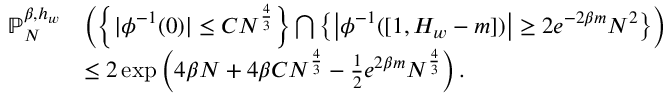
\begin{array} { r l } { { \ensuremath { \mathbb P } } _ { N } ^ { \beta , h _ { w } } } & { \left( \left\{ \vert \phi ^ { - 1 } ( 0 ) \vert \le C N ^ { \frac { 4 } { 3 } } \right\} \bigcap \left\{ \left\vert \phi ^ { - 1 } ( [ 1 , H _ { w } - m ] ) \right\vert \ge 2 e ^ { - 2 \beta m } N ^ { 2 } \right\} \right) } \\ & { \le 2 \exp \left( 4 \beta N + 4 \beta C N ^ { \frac { 4 } { 3 } } - \frac { 1 } { 2 } e ^ { 2 \beta m } N ^ { \frac { 4 } { 3 } } \right) . } \end{array}